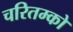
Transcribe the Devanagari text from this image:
चरितम्को